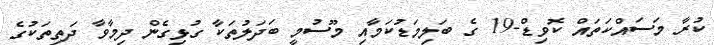
ކުރާ މަސައްކަތައް ކޮވިޑް-19 ގެ ބަލިމަޑުކަމާއި މޫސުމީ ބަދަލުތަކާ ގުޅިގެން ދިމާވާ ދަތިތަކުގެ